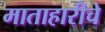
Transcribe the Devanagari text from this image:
माताहारीचे